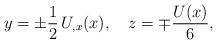
LaTeX: \begin{align*} y = \pm \frac{1}{2}\, U_{,x}(x), \hspace{1em} z = \mp \frac{U(x)}{6},\end{align*}